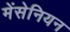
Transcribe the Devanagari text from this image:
मेंसेनियन